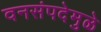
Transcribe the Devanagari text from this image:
वनसंपदेमुळे